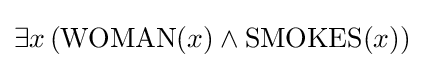
\exists x\,({\text{WOMAN}}(x)\land {\text{SMOKES}}(x))